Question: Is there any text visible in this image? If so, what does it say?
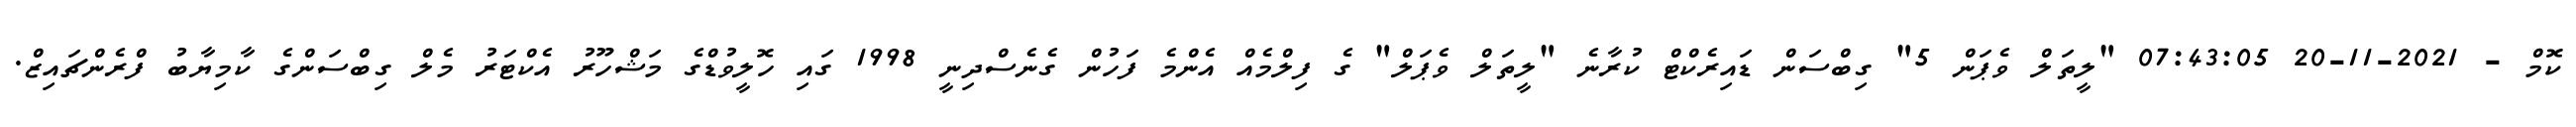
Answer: ކޮމް - 2021-11-20 07:43:05 "ލީތަލް ވެޕަން 5" ގިބްސަން ޑައިރެކްޓް ކުރާނެ "ލީތަލް ވެޕަލް" ގެ ފިލްމެއް އެންމެ ފަހުން ގެނެސްދިނީ 1998 ގައި ހޮލީވުޑްގެ މަޝްހޫރު އެކްޓަރު މެލް ގިބްސަންގެ ކާމިޔާބު ފްރެންޗައިޒް.